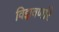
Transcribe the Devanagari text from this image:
विझवणारे